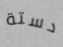
دستة